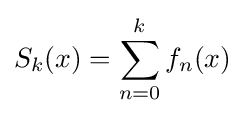
S_{k}(x)=\sum _{n=0}^{k}f_{n}(x)